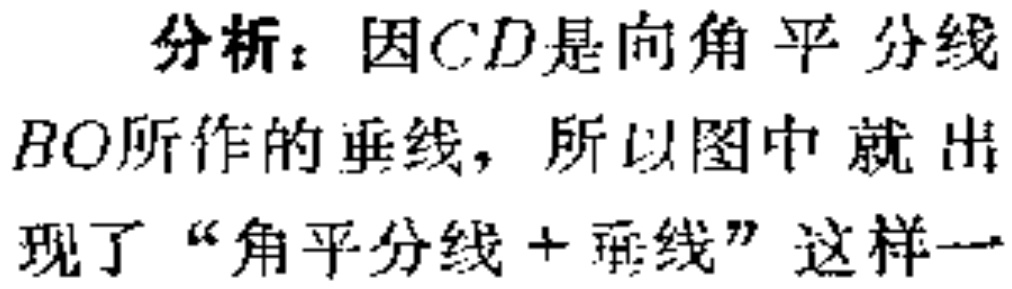
分析：因$CD$是向角平分线$BO$所作的垂线，所以图中就出现了“角平分线+垂线”这样一